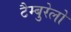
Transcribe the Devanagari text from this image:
टैम्बुरेलो